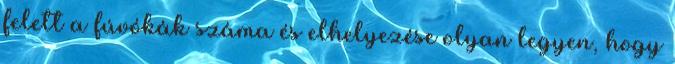
felett a fúvókák száma és elhelyezése olyan legyen, hogy